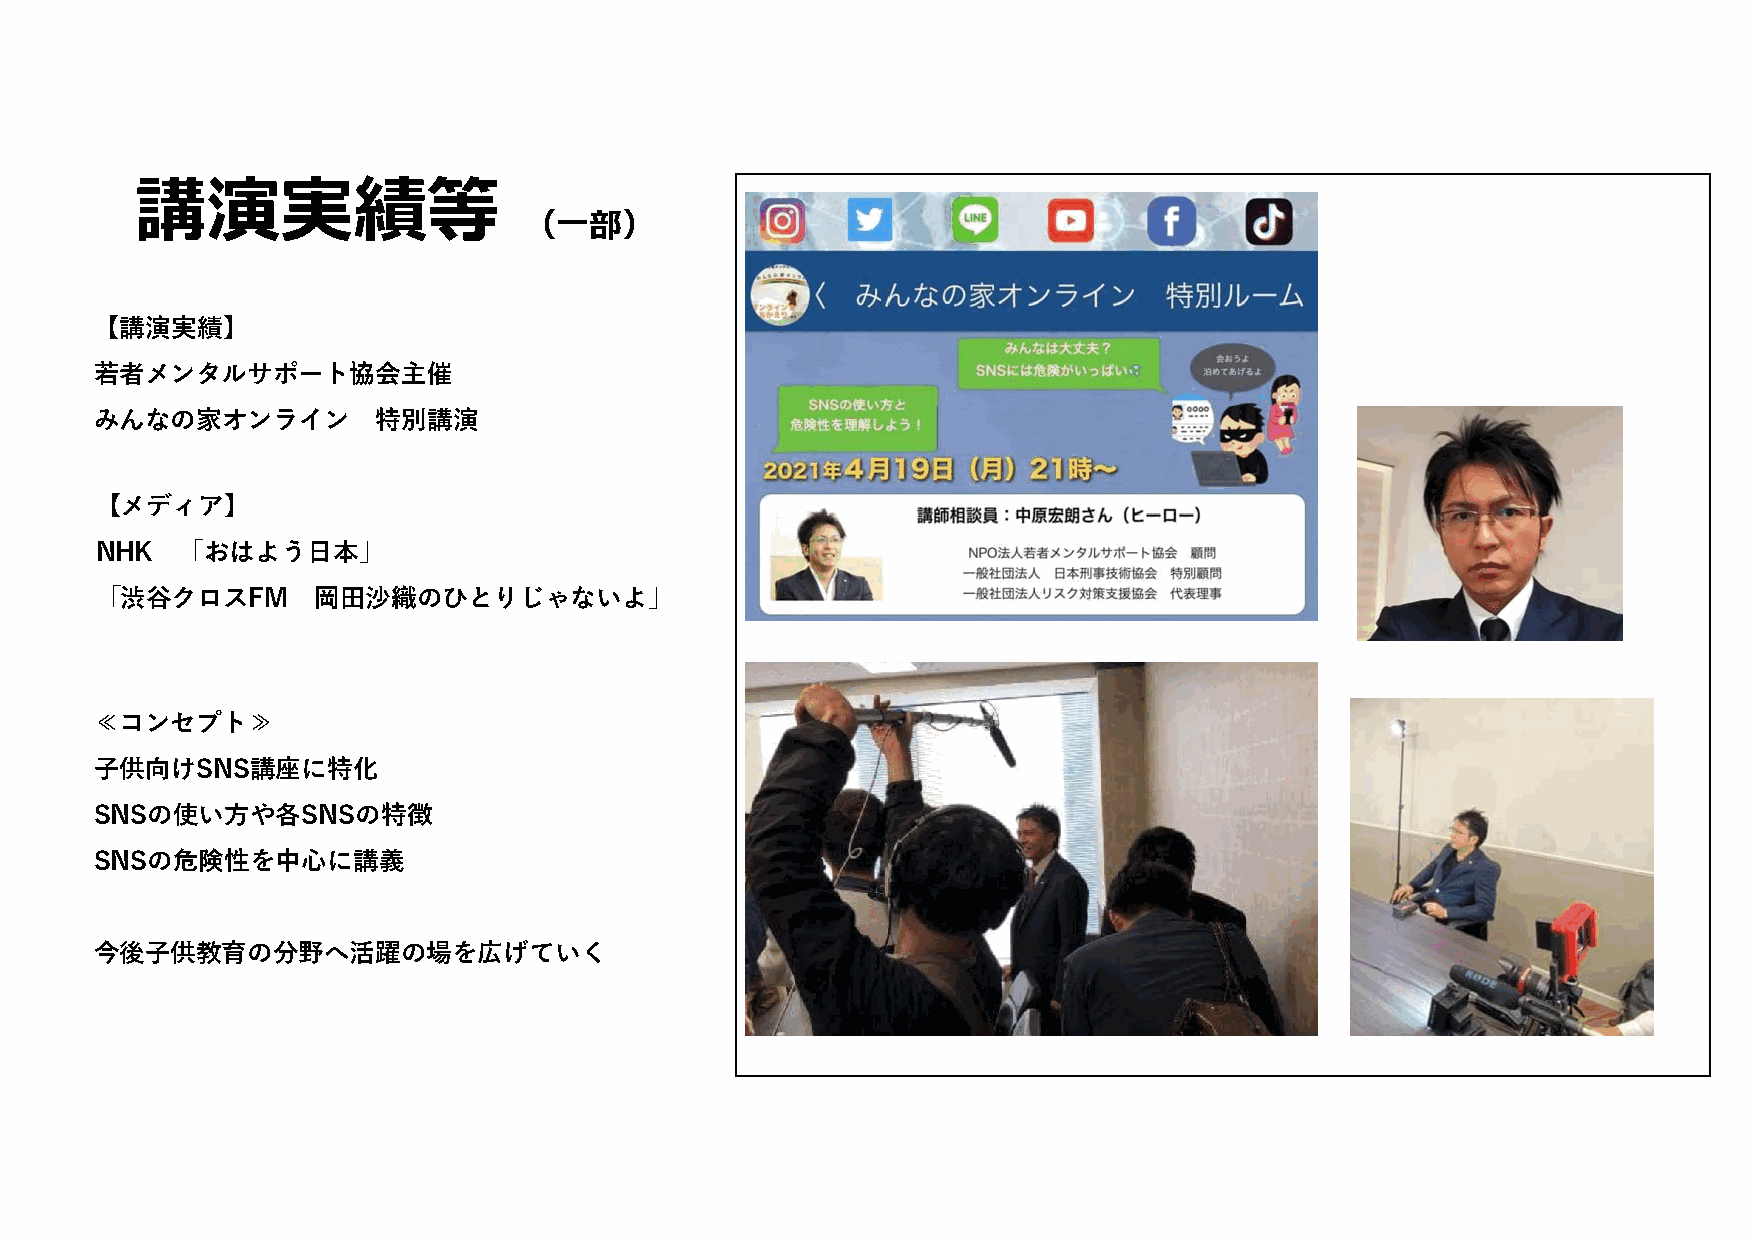
講演実績等
 （⼀部）
 【講演実績】
 若者メンタルサポート協会主催
 みんなの家オンライン         特別講演
 【メディア】
 NHK   「おはよう⽇本」
 「渋⾕クロスFM       岡⽥沙織のひとりじゃないよ」
 ≪コンセプト≫
 ⼦供向けSNS講座に特化
 SNSの使い⽅や各SNSの特徴
 SNSの危険性を中⼼に講義
 今後⼦供教育の分野へ活躍の場を広げていく